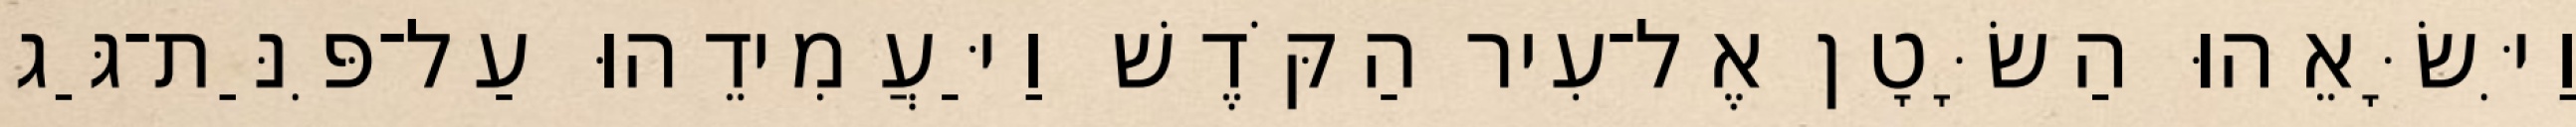
וַיִּשָּׂאֵהוּ הַשָּׂטָן אֶל־עִיר הַקֹּדֶשׁ וַיַּעֲמִידֵהוּ עַל־פִּנַּת־גַּג